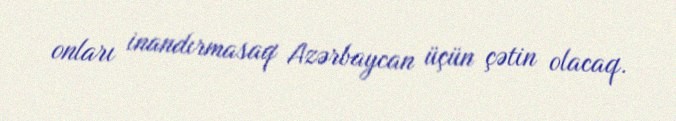
onları inandırmasaq Azərbaycan üçün çətin olacaq.